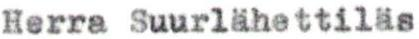
Herra Suurlähettiläs